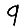
Digit: 9